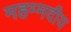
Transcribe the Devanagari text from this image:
महम्मदीय